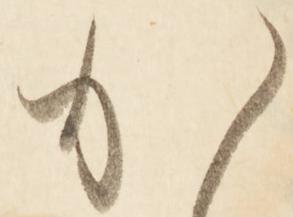
か